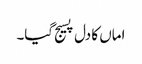
اماں کا دل پسیج گیا۔